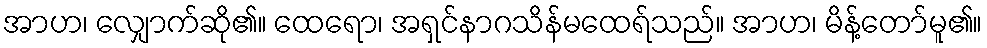
အာဟ၊ လျှောက်ဆို၏။ ထေရော၊ အရှင်နာဂသိန်မထေရ်သည်။ အာဟ၊ မိန့်တော်မူ၏။